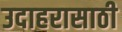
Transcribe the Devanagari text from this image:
उदाहरासाठी